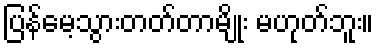
ပြန်မေ့သွားတတ်တာမျိုး မဟုတ်ဘူး။